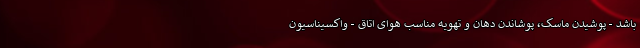
باشد - پوشیدن ماسک، پوشاندن دهان و تهویه مناسب هوای اتاق - واکسیناسیون